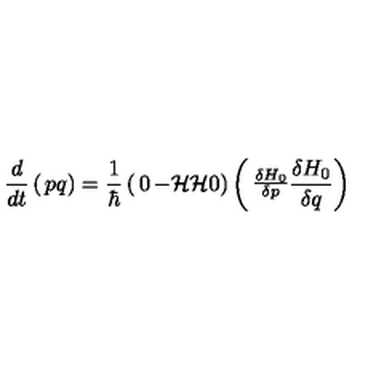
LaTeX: { \frac { d } { d t } } \left( \begin{matrix} { p } \\ { q } \\ \end{matrix} \right) = { \frac { 1 } { \hbar } } \left( \begin{matrix} { 0 } & { - { \cal H } } \\ { { \cal H } } & { 0 } \\ \end{matrix} \right) \left( \begin{matrix} { { \frac { \delta H _ { 0 } } { \delta p } } } \\ { { \frac { \delta H _ { 0 } } { \delta q } } } \\ \end{matrix} \right)